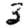
Digit: 3